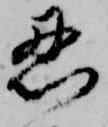
忍